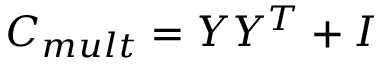
C _ { m u l t } = Y Y ^ { T } + I